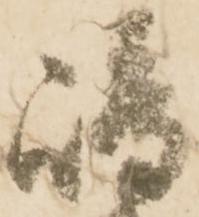
嶋